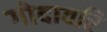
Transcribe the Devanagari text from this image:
गोदावरि